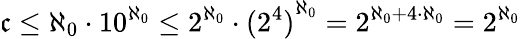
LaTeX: {\mathfrak{c}}\leq\aleph_{0}\cdot 10^{\aleph_{0}}\leq 2^{\aleph_{0}}\cdot{(2^{4})}^{\aleph_{0}}=2^{\aleph_{0}+4\cdot\aleph_{0}}=2^{\aleph_{0}}